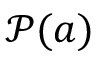
{ \mathcal { P } } ( a )